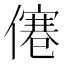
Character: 𠎾